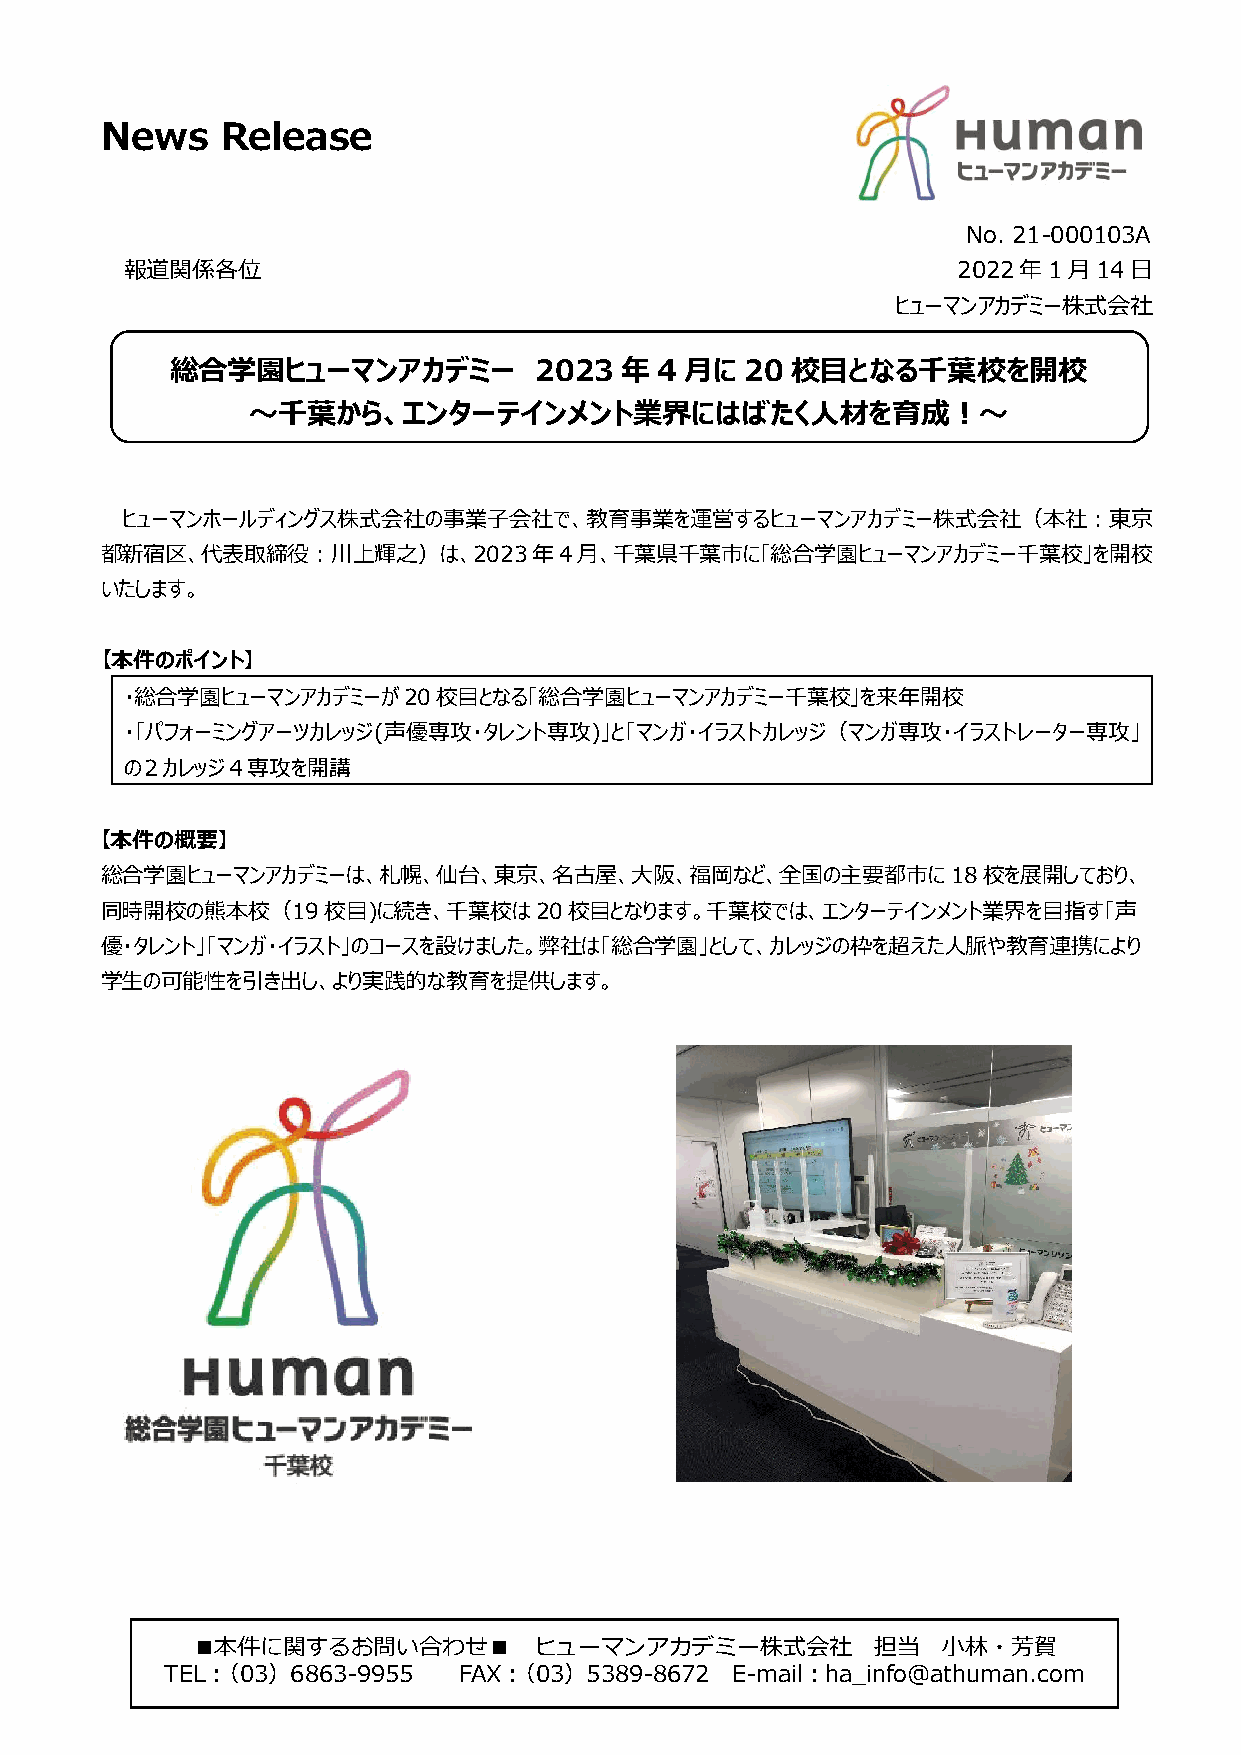
News    Release
 No. 21-000103A
 報道関係各位                                                 2022年1月14日
 ヒューマンアカデミー株式会社
 総合学園ヒューマンアカデミー          2023  年 4 月に  20 校目となる千葉校を開校
 ～千葉から、エンターテインメント業界にはばたく人材を育成！～
 ヒューマンホールディングス株式会社の事業子会社で、教育事業を運営するヒューマンアカデミー株式会社（本社：東京
 都新宿区、代表取締役：川上輝之）は、2023年4月、千葉県千葉市に「総合学園ヒューマンアカデミー千葉校」を開校
 いたします。
 【本件のポイント】
 ・総合学園ヒューマンアカデミーが20校目となる「総合学園ヒューマンアカデミー千葉校」を来年開校
 ・「パフォーミングアーツカレッジ(声優専攻・タレント専攻)」と「マンガ・イラストカレッジ（マンガ専攻・イラストレーター専攻」
 の２カレッジ４専攻を開講
 【本件の概要】
 総合学園ヒューマンアカデミーは、札幌、仙台、東京、名古屋、大阪、福岡など、全国の主要都市に18校を展開しており、
 同時開校の熊本校（19校目)に続き、千葉校は20校目となります。千葉校では、エンターテインメント業界を目指す「声
 優・タレント」「マンガ・イラスト」のコースを設けました。弊社は「総合学園」として、カレッジの枠を超えた人脈や教育連携により
 学生の可能性を引き出し、より実践的な教育を提供します。
 ■本件に関するお問い合わせ■        ヒューマンアカデミー株式会社         担当  小林・芳賀
 TEL：（03）6863-9955  FAX：（03）5389-8672 E-mail：ha_info@athuman.com